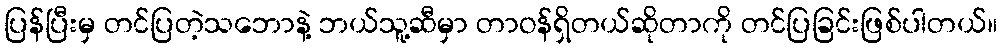
ပြန်ပြီးမှ တင်ပြတဲ့သဘောနဲ့ ဘယ်သူ့ဆီမှာ တာဝန်ရှိတယ်ဆိုတာကို တင်ပြခြင်းဖြစ်ပါတယ်။